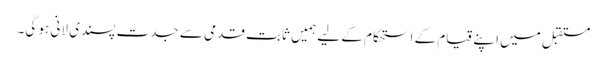
مستقبل میں اپنے قیام کے استحکام کے لیے ہمیں ثابت قدمی سے جدت پسندی لانی ہو گی۔